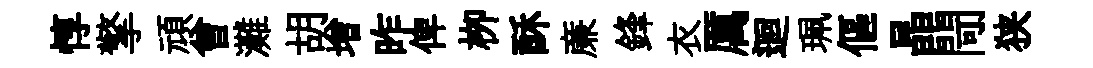
惇擎頑曾灘胡增昨俾栁酥亷鋒衣厲迴珮傴晶閜狭